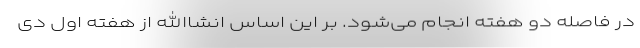
در فاصله دو هفته انجام می‌شود. بر این اساس انشاالله از هفته اول دی